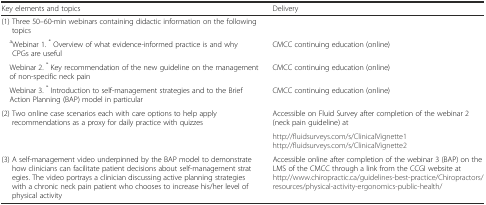
<table><thead><tr><td><b>Key elements and topics</b></td><td><b>Delivery</b></td></tr></thead><tbody><tr><td>(1) Three 50–60-min webinars containing didactic information on the following topics</td><td></td></tr><tr><td> <sup>a</sup>Webinar 1. <sup>*</sup> Overview of what evidence-informed practice is and why CPGs are useful</td><td>CMCC continuing education (online)</td></tr><tr><td> Webinar 2. <sup>*</sup> Key recommendation of the new guideline on the management of non-specific neck pain</td><td>CMCC continuing education (online)</td></tr><tr><td> Webinar 3. <sup>*</sup> Introduction to self-management strategies and to the Brief Action Planning (BAP) model in particular</td><td>CMCC continuing education (online)</td></tr><tr><td rowspan="2">(2) Two online case scenarios each with care options to help apply recommendations as a proxy for daily practice with quizzes</td><td>Accessible on Fluid Survey after completion of the webinar 2 (neck pain guideline) at</td></tr><tr><td>http://fluidsurveys.com/s/ClinicalVignette1http://fluidsurveys.com/s/ClinicalVignette2</td></tr><tr><td>(3) A self-management video underpinned by the BAP model to demonstrate how clinicians can facilitate patient decisions about self-management strategies. The video portrays a clinician discussing active planning strategies with a chronic neck pain patient who chooses to increase his/her level of physical activity</td><td>Accessible online after completion of the webinar 3 (BAP) on the LMS of the CMCC through a link from the CCGI website at http://www.chiropractic.ca/guidelines-best-practice/Chiropractors/resources/physical-activity-ergonomics-public-health/</td></tr></tbody></table>